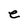
Character: e